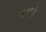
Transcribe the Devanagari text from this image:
उमरे